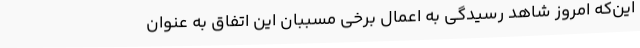
این‌که امروز شاهد رسیدگی به اعمال برخی مسببان این اتفاق به عنوان